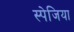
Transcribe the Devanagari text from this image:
स्पेजिया